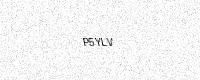
Text: P5YLV